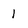
Character: 1